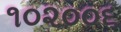
૧૦૨૦૦૬